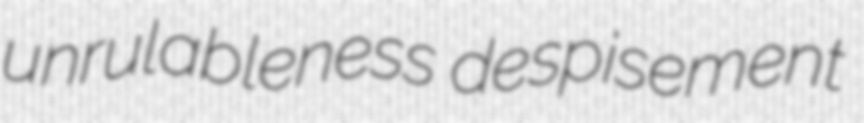
unrulableness despisement